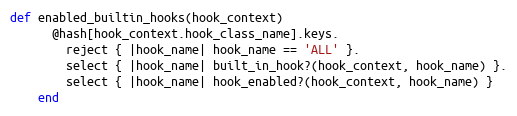
Language: Ruby
def enabled_builtin_hooks(hook_context)
      @hash[hook_context.hook_class_name].keys.
        reject { |hook_name| hook_name == 'ALL' }.
        select { |hook_name| built_in_hook?(hook_context, hook_name) }.
        select { |hook_name| hook_enabled?(hook_context, hook_name) }
    end